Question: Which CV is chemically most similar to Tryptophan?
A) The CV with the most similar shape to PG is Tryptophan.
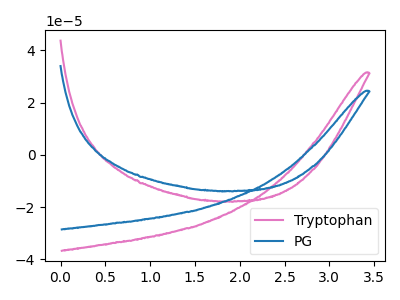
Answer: <think>The pink curve "Tryptophan" has no peaks. The blue curve "PG" has no peaks.
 Neither "Tryptophan" or "PG" have any peaks.</think>
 <answer>A) The CV with the most similar shape to "PG" is "Tryptophan".</answer>
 <eval>A</eval>